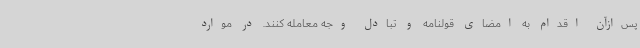
پس‌ازآن اقدام به امضای قولنامه و تبادل وجه معامله کنند. در موارد